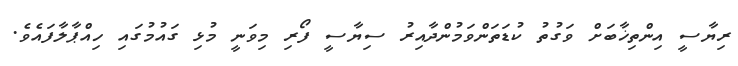
ރިޔާސީ އިންތިޚާބަށް ވަގުތު ކުޑަތަންވަމުންދާއިރު ސިޔާސީ ފޯރި މިވަނީ މުޅި ގައުމުގައި ހިއްޕާލާފައެވެ.